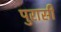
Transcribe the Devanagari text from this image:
पुरासी